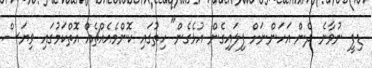
ޑިފީ ނުވާނެ ދެން އަހަންނަށް ފިލައިގެން އުޅެގެން" ހިތުގައި ކޮންމެއެއްޗެއް އޮތްކަމުގައި ވިޔަސް